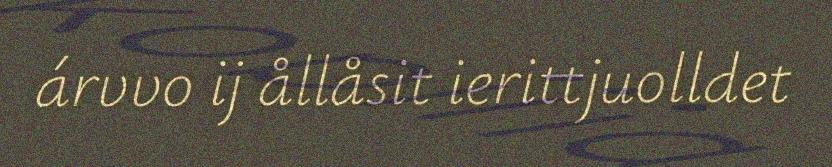
árvvo ij ållåsit ierittjuolldet